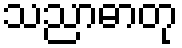
သညာဓာတု